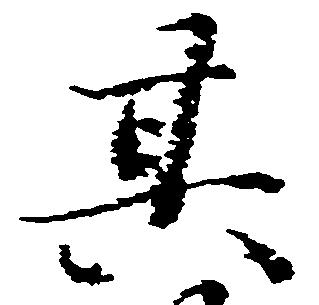
其